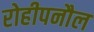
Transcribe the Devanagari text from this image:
रोहीपनौल